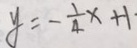
y = - \frac { 1 } { 4 } x + 1 \cdot